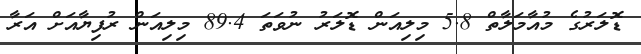
ޑޮލަރުގެ މުއާމަލާތް 5.8 މިލިއަން ޑޮލަރު ނުވަތަ 89.4 މިލިއަން ރުފިޔާއަށް އަރާ